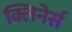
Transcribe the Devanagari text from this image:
क्लिनेर्स